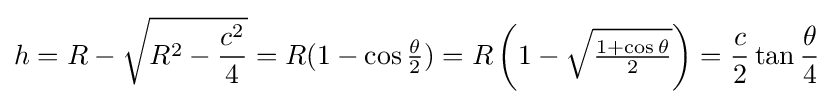
h=R-{\sqrt {R^{2}-{\frac {c^{2}}{4}}}}=R(1-\cos {\tfrac {\theta }{2}})=R\left(1-{\sqrt {\tfrac {1+\cos \theta }{2}}}\right)={\frac {c}{2}}\tan {\frac {\theta }{4}}